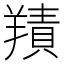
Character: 𦎸